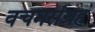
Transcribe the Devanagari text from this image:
वचनसंग्रह